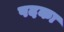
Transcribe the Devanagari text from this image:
पदका